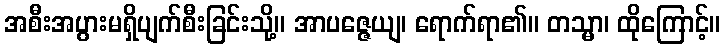
အစီးအပွားမရှိပျက်စီးခြင်းသို့။ အာပဇ္ဇေယျ၊ ရောက်ရာ၏။ တသ္မာ၊ ထိုကြောင့်။